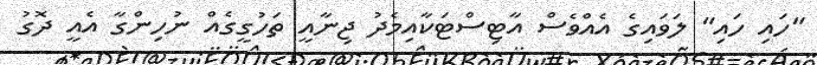
"ހައި ހައި" ލަވައިގެ އެއްވެސް އާޓިސްޓަކާއިމެދު ޖިނާއީ ތަހުގީގެއް ނުހިންގާ އެއީ ދޮގު